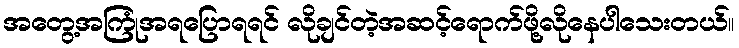
အတွေ့အကြုံအရပြောရရင် လိုချင်တဲ့အဆင့်ရောက်ဖို့လိုနေပါသေးတယ်။